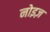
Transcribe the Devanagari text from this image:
नोइज़